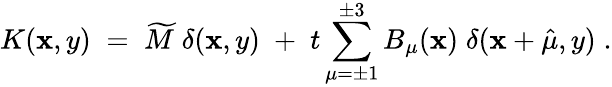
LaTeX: K(\mathbf{x},y)\; =\; \widetilde{{M}}\; \delta(\mathbf{x},y)\; +\; t\sum_{\mu=\pm1}^{\pm3}B_{\mu}(\mathbf{x})\; \delta(\mathbf{x}+\hat{{\mu}},y)\; .